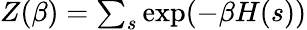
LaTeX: \begin{array}{r}{Z(\beta)=\sum_{s}\exp(-\beta H(s))}\end{array}